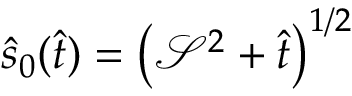
\hat { s } _ { 0 } ( \hat { t } ) = \left( \mathcal { S } ^ { 2 } + \hat { t } \right) ^ { 1 / 2 }